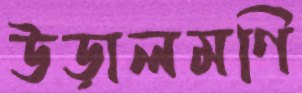
উড়ালমণি